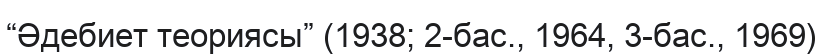
“Әдебиет теориясы” (1938; 2-бас., 1964, 3-бас., 1969)